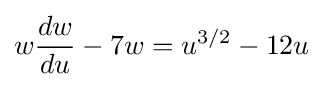
w{\frac {dw}{du}}-7w=u^{3/2}-12u